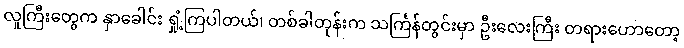
လူကြီးတွေက နှာခေါင်း ရှုံ့ကြပါတယ်၊ တစ်ခါတုန်းက သင်္ကြန်တွင်းမှာ ဦးလေးကြီး တရားဟောတော့